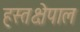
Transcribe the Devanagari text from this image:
हस्तक्षेपाल